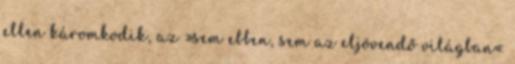
ellen káromkodik, az »sem ebben, sem az eljövendő világban«